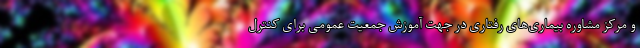
و مرکز مشاوره بیماری‌‌های رفتاری در جهت آموزش جمعیت عمومی برای کنترل